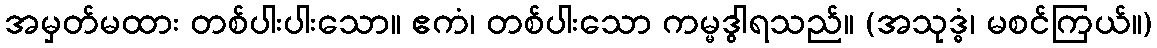
အမှတ်မထား တစ်ပါးပါးသော။ ဧကံ၊ တစ်ပါးသော ကမ္မဒွါရသည်။ (အသုဒ္ဓံ၊ မစင်ကြယ်။)